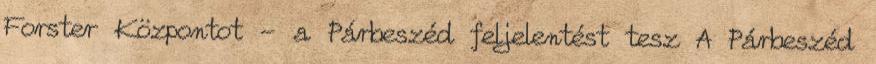
Forster Központot - a Párbeszéd feljelentést tesz A Párbeszéd